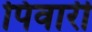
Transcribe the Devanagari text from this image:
पिवारी